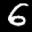
Label: 6